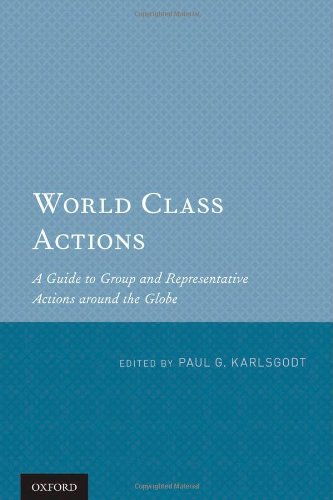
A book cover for World Class Actions: A Guide to Group and Representative Actions around the Globe; Law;